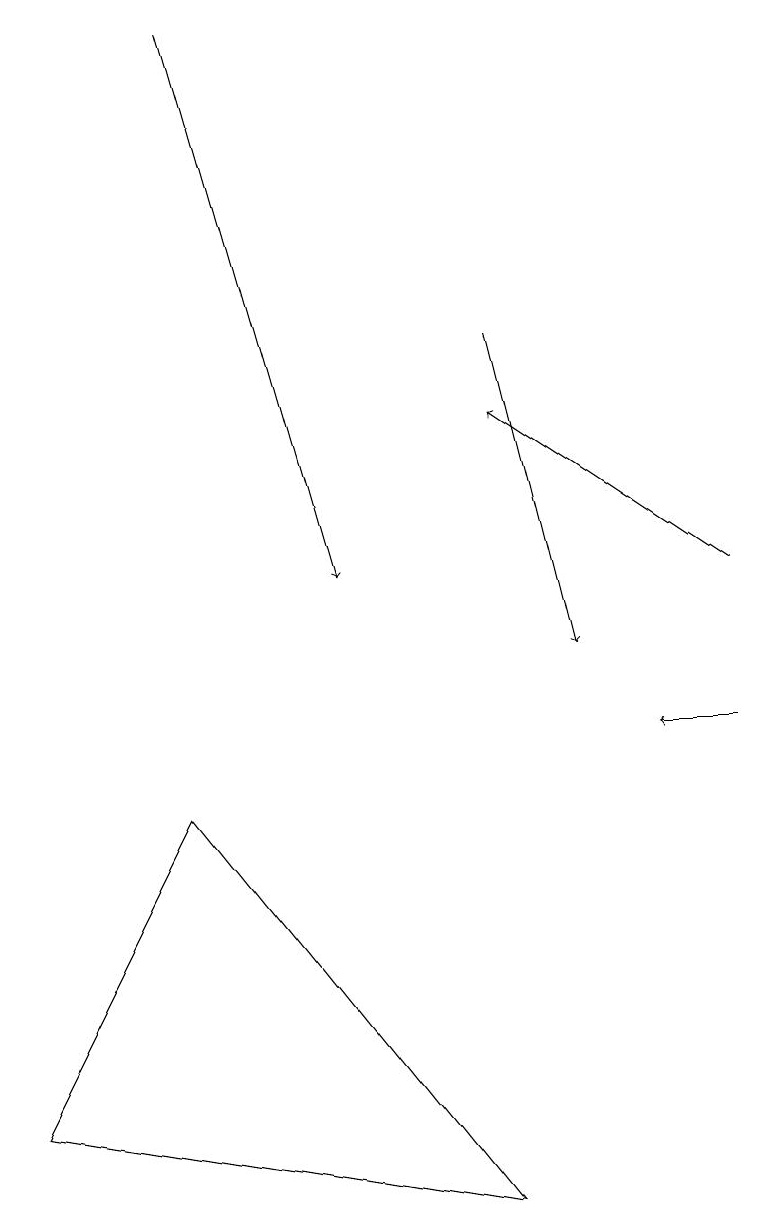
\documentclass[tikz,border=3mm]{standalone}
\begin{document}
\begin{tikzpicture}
\draw[->] (2,19) -- (4,12);
\draw[->] (9,10) -- (8,10);
\draw (6,4) -- (0,5) -- (2,9) -- cycle;
\draw[->] (9,12) -- (6,14);
\draw[->] (6,15) -- (7,11);
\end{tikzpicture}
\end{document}